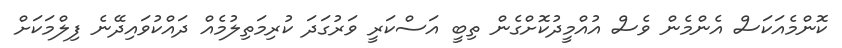
ކޮންމެއަކަސް އެންމެން ވެސް އުއްމީދުކޮށްގެން ތިބީ އަސްކަރީ ވަރުގަދަ ކުރިމަތިލުމެއް ދައްކުވައިދޭނެ ފިލްމަކަށް